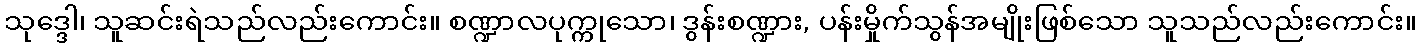
သုဒ္ဒေါ၊ သူဆင်းရဲသည်လည်းကောင်း။ စဏ္ဍာလပုက္ကုသော၊ ဒွန်းစဏ္ဍား, ပန်းမှိုက်သွန်အမျိုးဖြစ်သော သူသည်လည်းကောင်း။